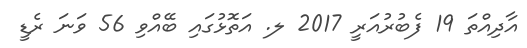
އާދިއްތަ 19 ފެބުރުއަރީ 2017 ލ. އަތޮޅުގައި ބޭއްވި 56 ވަނަ ރެޑީ